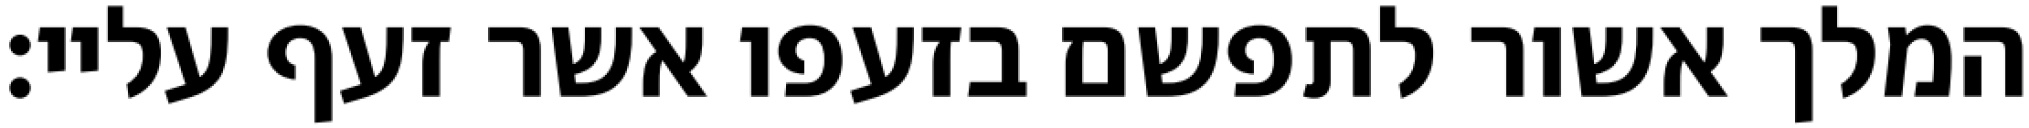
המלך אשור לתפשם בזעפו אשר זעף עליי: